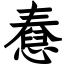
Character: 憃